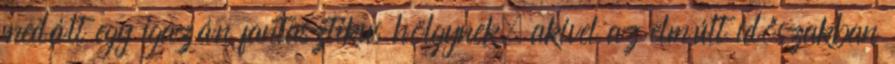
medált egy igazán fantasztikus hölgynek, akivel az elmúlt időszakban